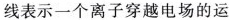
线表示一个离子穿越电场的运